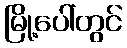
မြို့ပေါ်တွင်